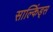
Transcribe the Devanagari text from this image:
साल्किंड्स